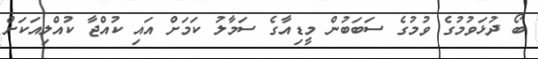
ބޯ ދުޅަވުމުގެ ވުމުގެ ސަބަބުން މީޑިއާގެ ސަމާލު ކަމަށް އައި ކުއްޖާ ކުއްލިއަކަށް